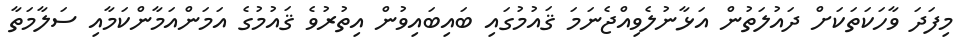
މިފަދަ ވާހަކަތަކަށް ދައުލަތުން އަޅާނުލެވިއްޖެނަމަ ޤައުމުގައި ބައިބައިވުން އިތުރުވެ ޤައުމުގެ އަމަންއަމާންކަމާއި ސަލާމަތާ